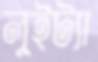
লুইট্যা